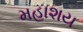
મહાશય